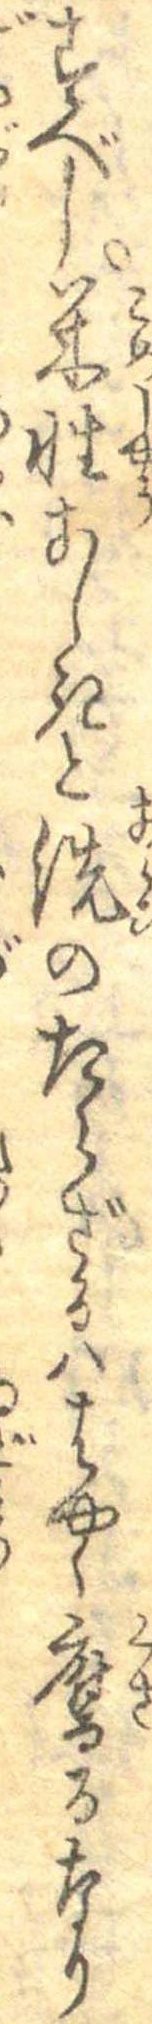
すべし米性あしきと洗のたらざるははやく腐るなり